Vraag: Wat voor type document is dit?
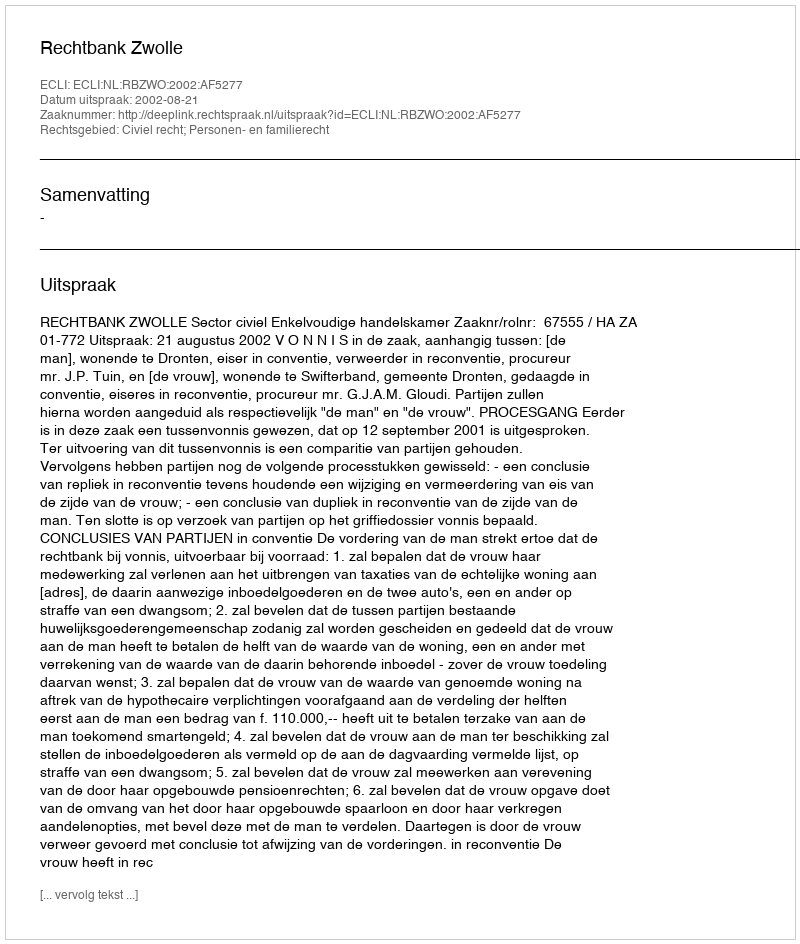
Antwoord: Uitspraak